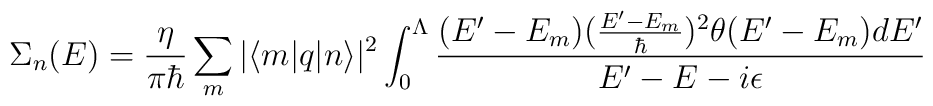
\Sigma_{n}(E) = \frac{\eta}{\pi\hbar}\sum_{m}|\langle m|q|n\rangle|^{2}\int_{0}^{\Lambda}\frac{(E^{\prime}- E_{m})(\frac{E^{\prime}- E_{m}}{\hbar})^{2} \theta(E^{\prime} - E_{m})dE^{\prime}}{E^{\prime} - E -i\epsilon}